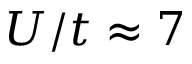
U / t \approx 7